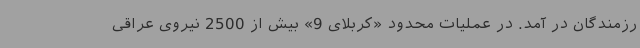
رزمندگان در آمد. در عملیات محدود «کربلای 9» بیش از 2500 نیروی عراقی